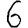
Digit: 6